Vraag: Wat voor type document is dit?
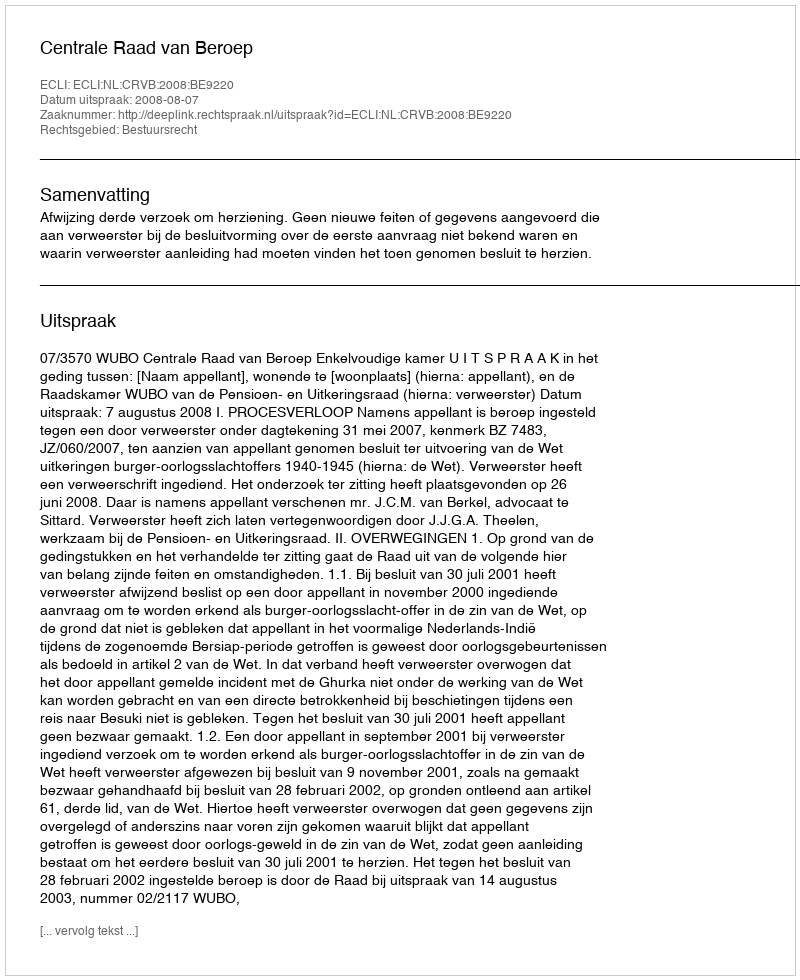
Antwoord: Uitspraak